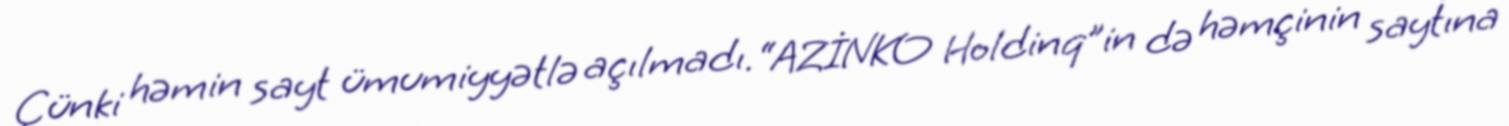
Çünki həmin sayt ümumiyyətlə açılmadı.“AZİNKO Holdinq”in də həmçinin saytına